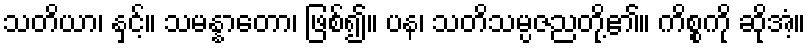
သတိယာ၊ နှင့်။ သမန္နာတော၊ ဖြစ်၍။ ပန၊ သတိသမ္ပဇညတို့၏။ ကိစ္စကို ဆိုအံ့။